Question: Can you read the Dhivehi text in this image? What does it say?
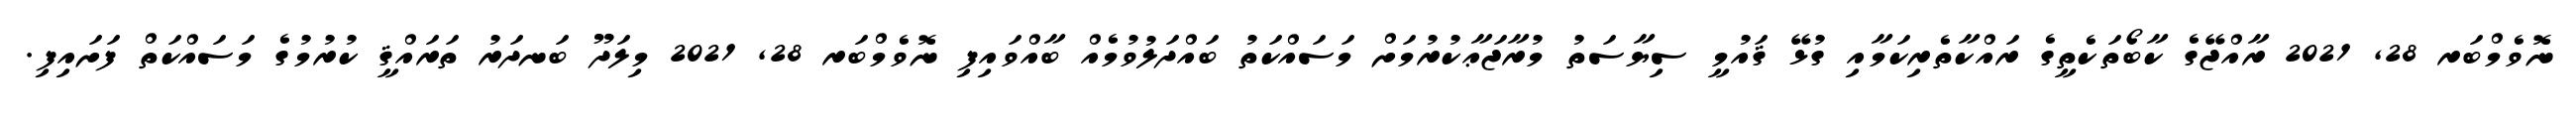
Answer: ނޮވެމްބަރ 28, 2021 ރާއްޖޭގެ ކާބޯތަކެތީގެ ރައްކާތެރިކަމާއި ގުޅޭ ޤައުމީ ސިޔާސަތު މުރާޖަޢާކުރުމަށް މަސައްކަތު ބައްދަލުވުމެއް ބާއްވައިފި ނޮވެމްބަރ 28, 2021 މިލަދޫ ބަނދަރު ތަރައްޤީ ކުރުމުގެ މަސައްކަތް ފަށައިފި.